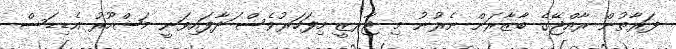
ފަރާތުން ރާއްޖޭގެ ބާޒާރަށް ނެރުނު މި ޖާރޒީ މިފަހަރުވެސް ަދާފައިވަނީ މަޝްހޫރު އެޑިޑަސް